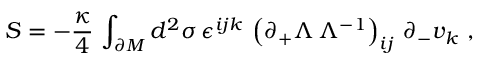
S = - { \frac { \kappa } { 4 } } \, \int _ { \partial M } d ^ { 2 } \sigma \, \epsilon ^ { i j k } \, \left( \partial _ { + } \Lambda \, \Lambda ^ { - 1 } \right) _ { i j } \, \partial _ { - } v _ { k } \ ,